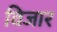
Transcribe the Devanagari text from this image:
विजार